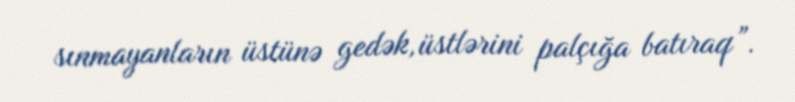
sınmayanların üstünə gedək, üstlərini palçığa batıraq”.